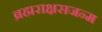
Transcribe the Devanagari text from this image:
ब्रह्मराक्षसजन्म